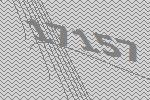
17157